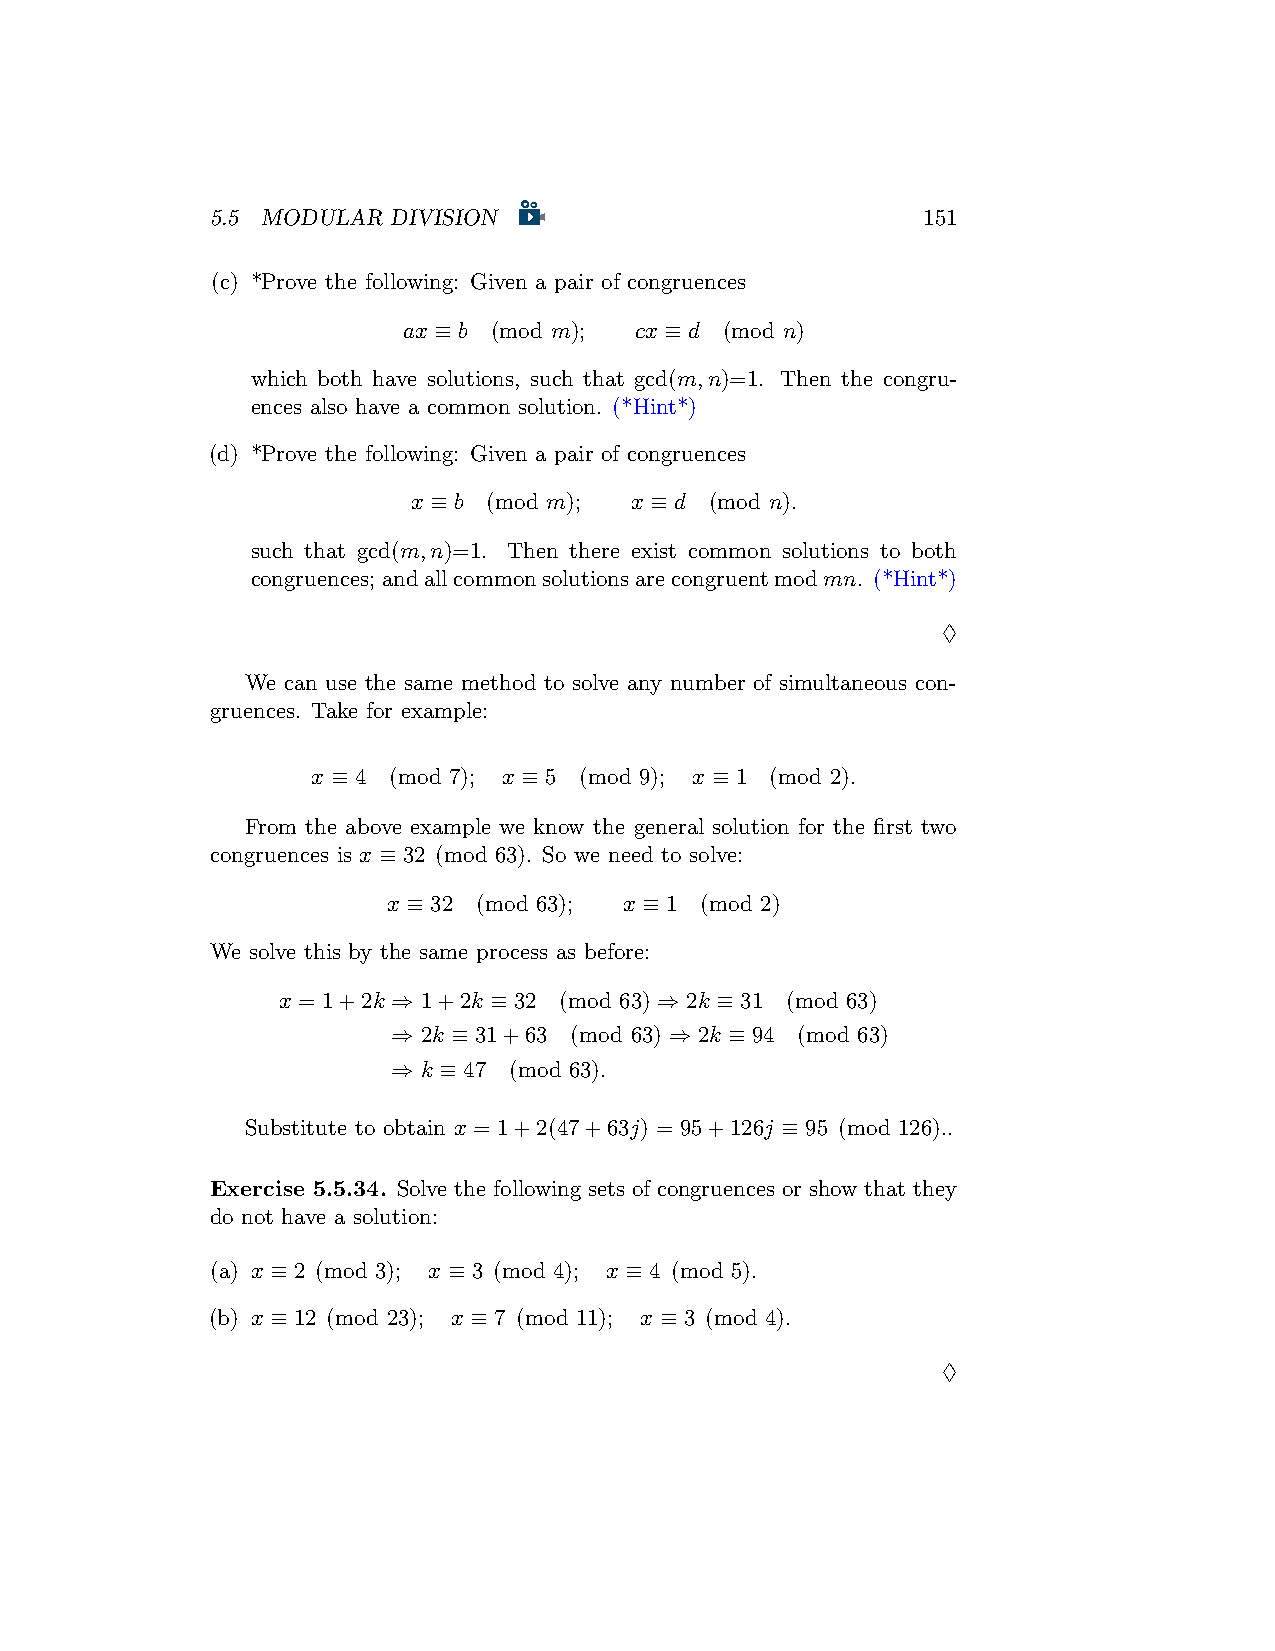
5.5 MODULAR DIVISION                           151
 (c) *Prove the following: Given a pair of congruences
 ax ≡ b (mod m); cx ≡ d (mod n)
 which both have solutions, such that gcd(m,n)=1. Then the congru-
 ences also have a common solution. (*Hint*)
 (d) *Prove the following: Given a pair of congruences
 x ≡ b (mod m); x ≡ d (mod n).
 such that gcd(m,n)=1. Then there exist common solutions to both
 congruences;andallcommonsolutionsarecongruentmodmn. (*Hint*)
 ♢
 We can use the same method to solve any number of simultaneous con-
 gruences. Take for example:
 x ≡ 4 (mod 7); x ≡ 5 (mod 9); x ≡ 1 (mod 2).
 From the above example we know the general solution for the first two
 congruences is x ≡ 32 (mod 63). So we need to solve:
 x ≡ 32 (mod 63); x ≡ 1 (mod 2)
 We solve this by the same process as before:
 x = 1+2k ⇒ 1+2k ≡ 32 (mod 63) ⇒ 2k ≡ 31 (mod 63)
 ⇒ 2k ≡ 31+63 (mod 63) ⇒ 2k ≡ 94 (mod 63)
 ⇒ k ≡ 47 (mod 63).
 Substitute to obtain x = 1+2(47+63j) = 95+126j ≡ 95 (mod 126)..
 Exercise 5.5.34. Solve the following sets of congruences or show that they
 do not have a solution:
 (a) x ≡ 2 (mod 3); x ≡ 3 (mod 4); x ≡ 4 (mod 5).
 (b) x ≡ 12 (mod 23); x ≡ 7 (mod 11); x ≡ 3 (mod 4).
 ♢